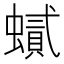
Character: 𲀈